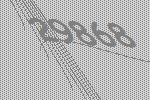
29868